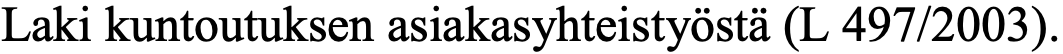
Laki kuntoutuksen asiakasyhteistyöstä (L 497/2003).